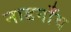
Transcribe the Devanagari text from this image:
नाडगाँव